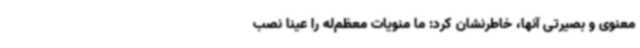
معنوی و بصیرتی آنها، خاطرنشان کرد: ما منویات معظم‌له را عیناً نصب